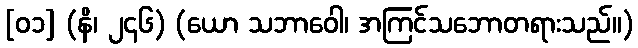
[၀၁] (နိ၊ ၂၄၆) (ယော သဘာဝေါ၊ အကြင်သဘောတရားသည်။)